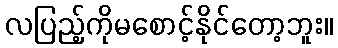
လပြည့်ကိုမစောင့်နိုင်တော့ဘူး။